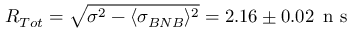
R _ { T o t } = \sqrt { \sigma ^ { 2 } - \langle \sigma _ { B N B } \rangle ^ { 2 } } = 2 . 1 6 \pm 0 . 0 2 \, \mathrm { ~ n ~ s ~ }